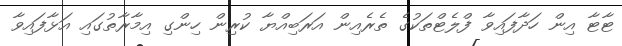
ޓާޓާ އިން ހަދާފައިވާ ފްލެޓްތަކުގެ ތެރެއިން އަރަބިއްޔާ ކުރިން ހިންގި އިމާރާތުގައި އަޅާފައިވާ